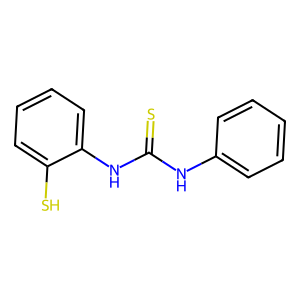
SMILES: S=C(Nc1ccccc1)Nc1ccccc1S
Inhibits HIV replication: No